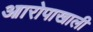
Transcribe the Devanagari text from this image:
आारोपाखाली